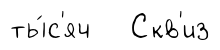
ты́с'яч Скв'из